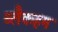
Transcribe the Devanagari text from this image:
ब्लैकहम